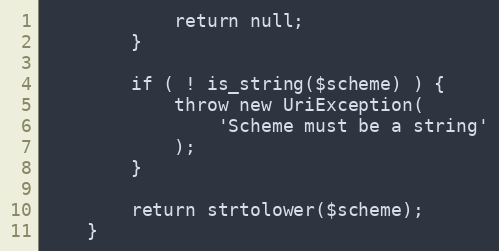
Language: PHP
            return null;
        }

        if ( ! is_string($scheme) ) {
            throw new UriException(
                'Scheme must be a string'
            );
        }

        return strtolower($scheme);
    }